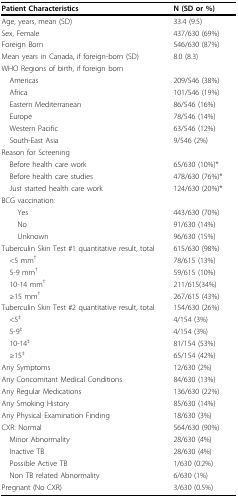
| Patient Characteristics | N (SD or %) |
 | --- | --- |
 | Age, years, mean (SD) | 33.4 (9.5) |
 | Sex, Female | 437/630 (69%) |
 | Foreign Born | 546/630 (87%) |
 | Mean years in Canada, if foreign-born (SD) | 8.0 (8.3) |
 | WHO Regions of birth, if foreign born |  |
 | Americas | 209/546 (38%) |
 | Africa | 101/546 (19%) |
 | Eastern Mediterranean | 86/546 (16%) |
 | Europe | 78/546 (14%) |
 | Western Pacific | 63/546 (12%) |
 | South-East Asia | 9/546 (2%) |
 | Reason for Screening |  |
 | Before health care work | 65/630 (10%)* |
 | Before health care studies | 478/630 (76%)* |
 | Just started health care work | 124/630 (20%)* |
 | BCG vaccination: |  |
 | Yes | 443/630 (70%) |
 | No | 91/630 (14%) |
 | Unknown | 96/630 (15%) |
 | Tuberculin Skin Test #1 quantitative result, total | 615/630 (98%) |
 | <5 mm† | 78/615 (13%) |
 | 5-9 mm† | 59/615 (10%) |
 | 10-14 mm† | 211/615(34%) |
 | ≥15 mm† | 267/615 (43%) |
 | Tuberculin Skin Test #2 quantitative result, total | 154/630 (26%) |
 | <5‡ | 4/154 (3%) |
 | 5-9‡ | 4/154 (3%) |
 | 10-14‡ | 81/154 (53%) |
 | ≥15‡ | 65/154 (42%) |
 | Any Symptoms | 12/630 (2%) |
 | Any Concomitant Medical Conditions | 84/630 (13%) |
 | Any Regular Medications | 136/630 (22%) |
 | Any Smoking History | 85/630 (14%) |
 | Any Physical Examination Finding | 18/630 (3%) |
 | CXR: Normal | 564/630 (90%) |
 | Minor Abnormality | 28/630 (4%) |
 | Inactive TB | 28/630 (4%) |
 | Possible Active TB | 1/630 (0.2%) |
 | Non TB related Abnormality | 6/630 (1%) |
 | Pregnant (No CXR) | 3/630 (0.5%) |